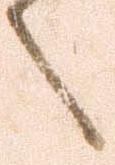
之